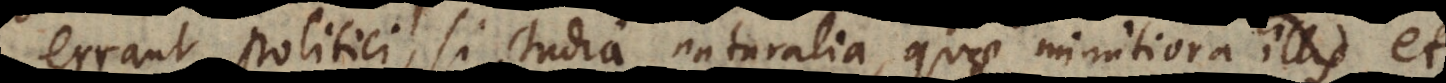
errant politici, si studia naturalia, quae minutiora illis et